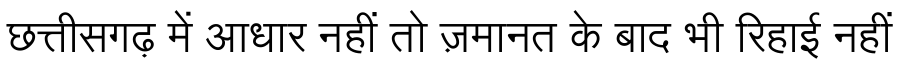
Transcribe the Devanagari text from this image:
छत्तीसगढ़ में आधार नहीं तो ज़मानत के बाद भी रिहाई नहीं